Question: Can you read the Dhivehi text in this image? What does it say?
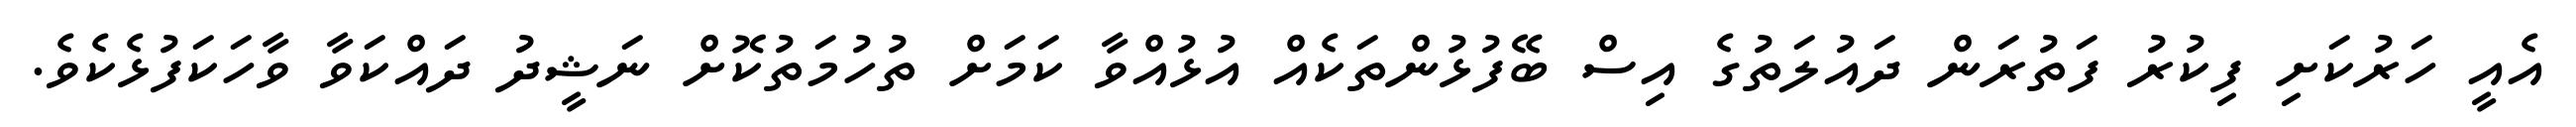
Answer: އެއީ ހަރުކަށި ފިކުރު ފަތުރަން ދައުލަތުގެ އިސް ބޭފުޅުންތަކެއް އުޅުއްވާ ކަމަށް ތުހުމަތުކޮށް ނަޝީދު ދައްކަވާ ވާހަކަފުޅެކެވެ.